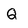
Character: Q